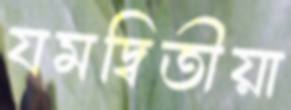
যমদ্বিতীয়া